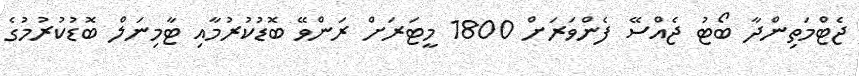
ޖެޓްމަތިންދާ ބޯޓު ޖެއްސޭ ފެންވަރަށް 1800 މީޓަރަށް ރަންވޭ ބޮޑުކުރުމާއި ޓާމިނަލް ބޮޑުކުރުމުގެ